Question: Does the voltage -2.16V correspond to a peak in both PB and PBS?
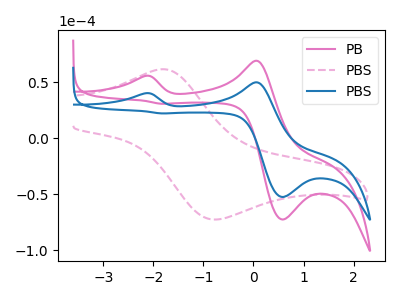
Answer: <think>The pink curve "PB" has anodic peaks at (-2.15V, 55.80uA) (0.05V, 69.30uA) and cathodic peaks at (0.60V, -72.35uA) (-1.85V, 30.95uA). The pink dashed curve "PBS" has an anodic peak at (-1.80V, 61.80uA) and a cathodic peak at (-0.85V, -72.35uA). The blue curve "PBS" has anodic peaks at (-2.15V, 40.30uA) (0.05V, 50.05uA) and cathodic peaks at (0.60V, -52.25uA) (-1.85V, 22.35uA).</think>
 <answer>Yes, "PB" and "PBS" share a peak at -2.16V.</answer>
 <eval>match</eval>